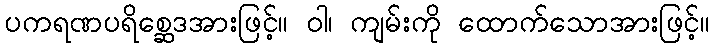
ပကရဏပရိစ္ဆေဒအားဖြင့်။ ဝါ၊ ကျမ်းကို ထောက်သောအားဖြင့်။